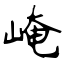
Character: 崦